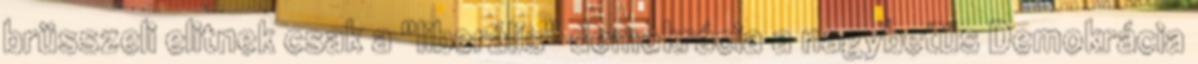
brüsszeli elitnek csak a "liberális" demokrácia a nagybetűs Demokrácia